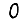
Digit: 0